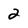
Character: 2